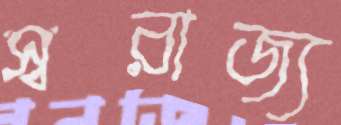
স্বরাজ্য